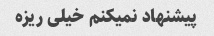
پیشنهاد نمیکنم خیلی ریزه